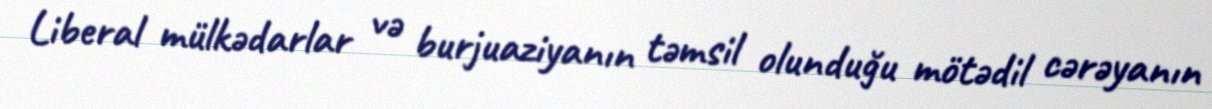
Liberal mülkədarlar və burjuaziyanın təmsil olunduğu mötədil cərəyanın